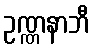
ဥဏ္ဏနာဘီ